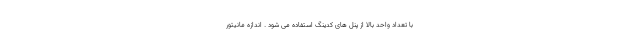
با تعداد واحد بالا از پنل های کدینگ استفاده می شود . اندازه مانیتور